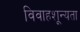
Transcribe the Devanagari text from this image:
विवाहशून्यता